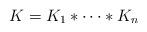
LaTeX: \begin{align*} K = K_{1} *\cdots * K_{n}\end{align*}